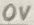
Text: 0V